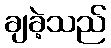
ချခဲ့သည်